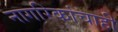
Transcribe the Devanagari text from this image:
नागरिकांचाही